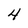
Character: 4